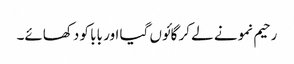
رحیم نمونے لے کر گائوں گیا اور بابا کو دکھائے۔